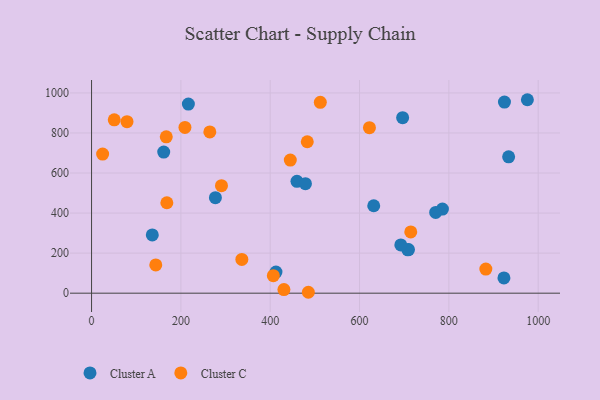
{"axis": {"x": "Study Hours", "y": "Salary"}, "legend": ["Cluster A", "Cluster C"], "data": [{"x": "161.6", "y": 704.6, "type": "Cluster A"}, {"x": "709.6", "y": 217.8, "type": "Cluster A"}, {"x": "708.1", "y": 216.3, "type": "Cluster A"}, {"x": "924.5", "y": 954.6, "type": "Cluster A"}, {"x": "216.8", "y": 944.5, "type": "Cluster A"}, {"x": "785.6", "y": 420.1, "type": "Cluster A"}, {"x": "631.8", "y": 436.7, "type": "Cluster A"}, {"x": "696.5", "y": 876.6, "type": "Cluster A"}, {"x": "412.9", "y": 105.2, "type": "Cluster A"}, {"x": "459.9", "y": 558.5, "type": "Cluster A"}, {"x": "975.8", "y": 966.1, "type": "Cluster A"}, {"x": "478.9", "y": 547.1, "type": "Cluster A"}, {"x": "933.8", "y": 681.0, "type": "Cluster A"}, {"x": "692.4", "y": 241.2, "type": "Cluster A"}, {"x": "923.3", "y": 76.3, "type": "Cluster A"}, {"x": "136.0", "y": 290.9, "type": "Cluster A"}, {"x": "770.5", "y": 403.3, "type": "Cluster A"}, {"x": "277.3", "y": 476.9, "type": "Cluster A"}, {"x": "336.5", "y": 168.6, "type": "Cluster C"}, {"x": "50.8", "y": 865.5, "type": "Cluster C"}, {"x": "209.1", "y": 827.6, "type": "Cluster C"}, {"x": "264.8", "y": 805.4, "type": "Cluster C"}, {"x": "882.8", "y": 120.2, "type": "Cluster C"}, {"x": "430.7", "y": 17.9, "type": "Cluster C"}, {"x": "445.0", "y": 664.6, "type": "Cluster C"}, {"x": "167.3", "y": 780.7, "type": "Cluster C"}, {"x": "79.4", "y": 856.4, "type": "Cluster C"}, {"x": "485.4", "y": 4.5, "type": "Cluster C"}, {"x": "24.8", "y": 694.6, "type": "Cluster C"}, {"x": "483.0", "y": 756.2, "type": "Cluster C"}, {"x": "622.2", "y": 826.6, "type": "Cluster C"}, {"x": "143.8", "y": 141.1, "type": "Cluster C"}, {"x": "290.9", "y": 536.7, "type": "Cluster C"}, {"x": "714.7", "y": 306.1, "type": "Cluster C"}, {"x": "512.2", "y": 952.9, "type": "Cluster C"}, {"x": "407.0", "y": 87.2, "type": "Cluster C"}, {"x": "168.6", "y": 451.7, "type": "Cluster C"}]}